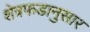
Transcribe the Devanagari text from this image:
शेत्रफडानुसार